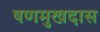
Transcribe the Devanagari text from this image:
षणमुखदास